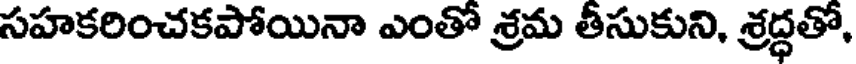
సహకరించకపోయినా ఎంతో శ్రమ తీసుకుని, శ్రద్ధతో,